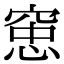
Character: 𫁑